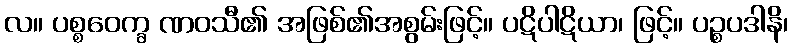
လ။ ပစ္စဝေက္ခ ဏဝသီ၏ အဖြစ်၏အစွမ်းဖြင့်။ ပဋိပါဋိယာ၊ ဖြင့်။ ပဉ္စပဒါနိ၊